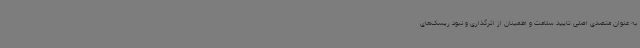
به عنوان متصدی اصلی تایید سلامت و اطمینان از اثرگذاری و نبود ریسک‌های